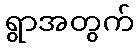
ရွာအတွက်